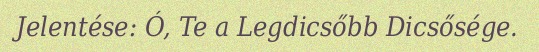
Jelentése: Ó, Te a Legdicsőbb Dicsősége.